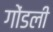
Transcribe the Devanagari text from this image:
गोंडली